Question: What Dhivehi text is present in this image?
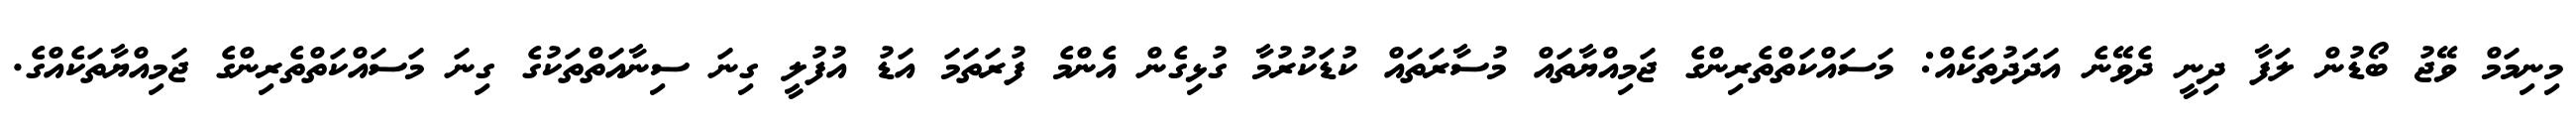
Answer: މިނިމަމް ވޭޖު ބޯޑުން ލަފާ ދިނީ ދެވޭނެ އަދަދުތަކެއް: މަސައްކަތްތެރިންގެ ޖަމިއްޔާތައް މުސާރަތައް ކުޑަކުރުމާ ގުޅިގެން އެންމެ ފުރަތަމަ އަޑު އުފުލީ ގިނަ ސިނާއަތްތަކުގެ ގިނަ މަސައްކަތްތެރިންގެ ޖަމިއްޔާތަކެއްގެ.